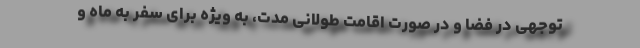
توجهی در فضا و در صورت اقامت طولانی مدت، به ویژه برای سفر به ماه و